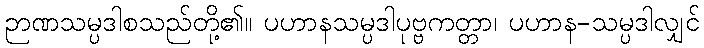
ဉာဏသမ္ပဒါစသည်တို့၏။ ပဟာနသမ္ပဒါပုဗ္ဗကတ္တာ၊ ပဟာန-သမ္ပဒါလျှင်